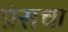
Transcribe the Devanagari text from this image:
प्रेसचा